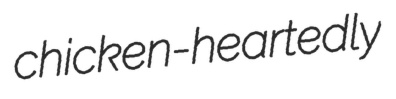
chicken-heartedly